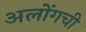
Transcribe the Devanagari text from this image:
अलोंगची